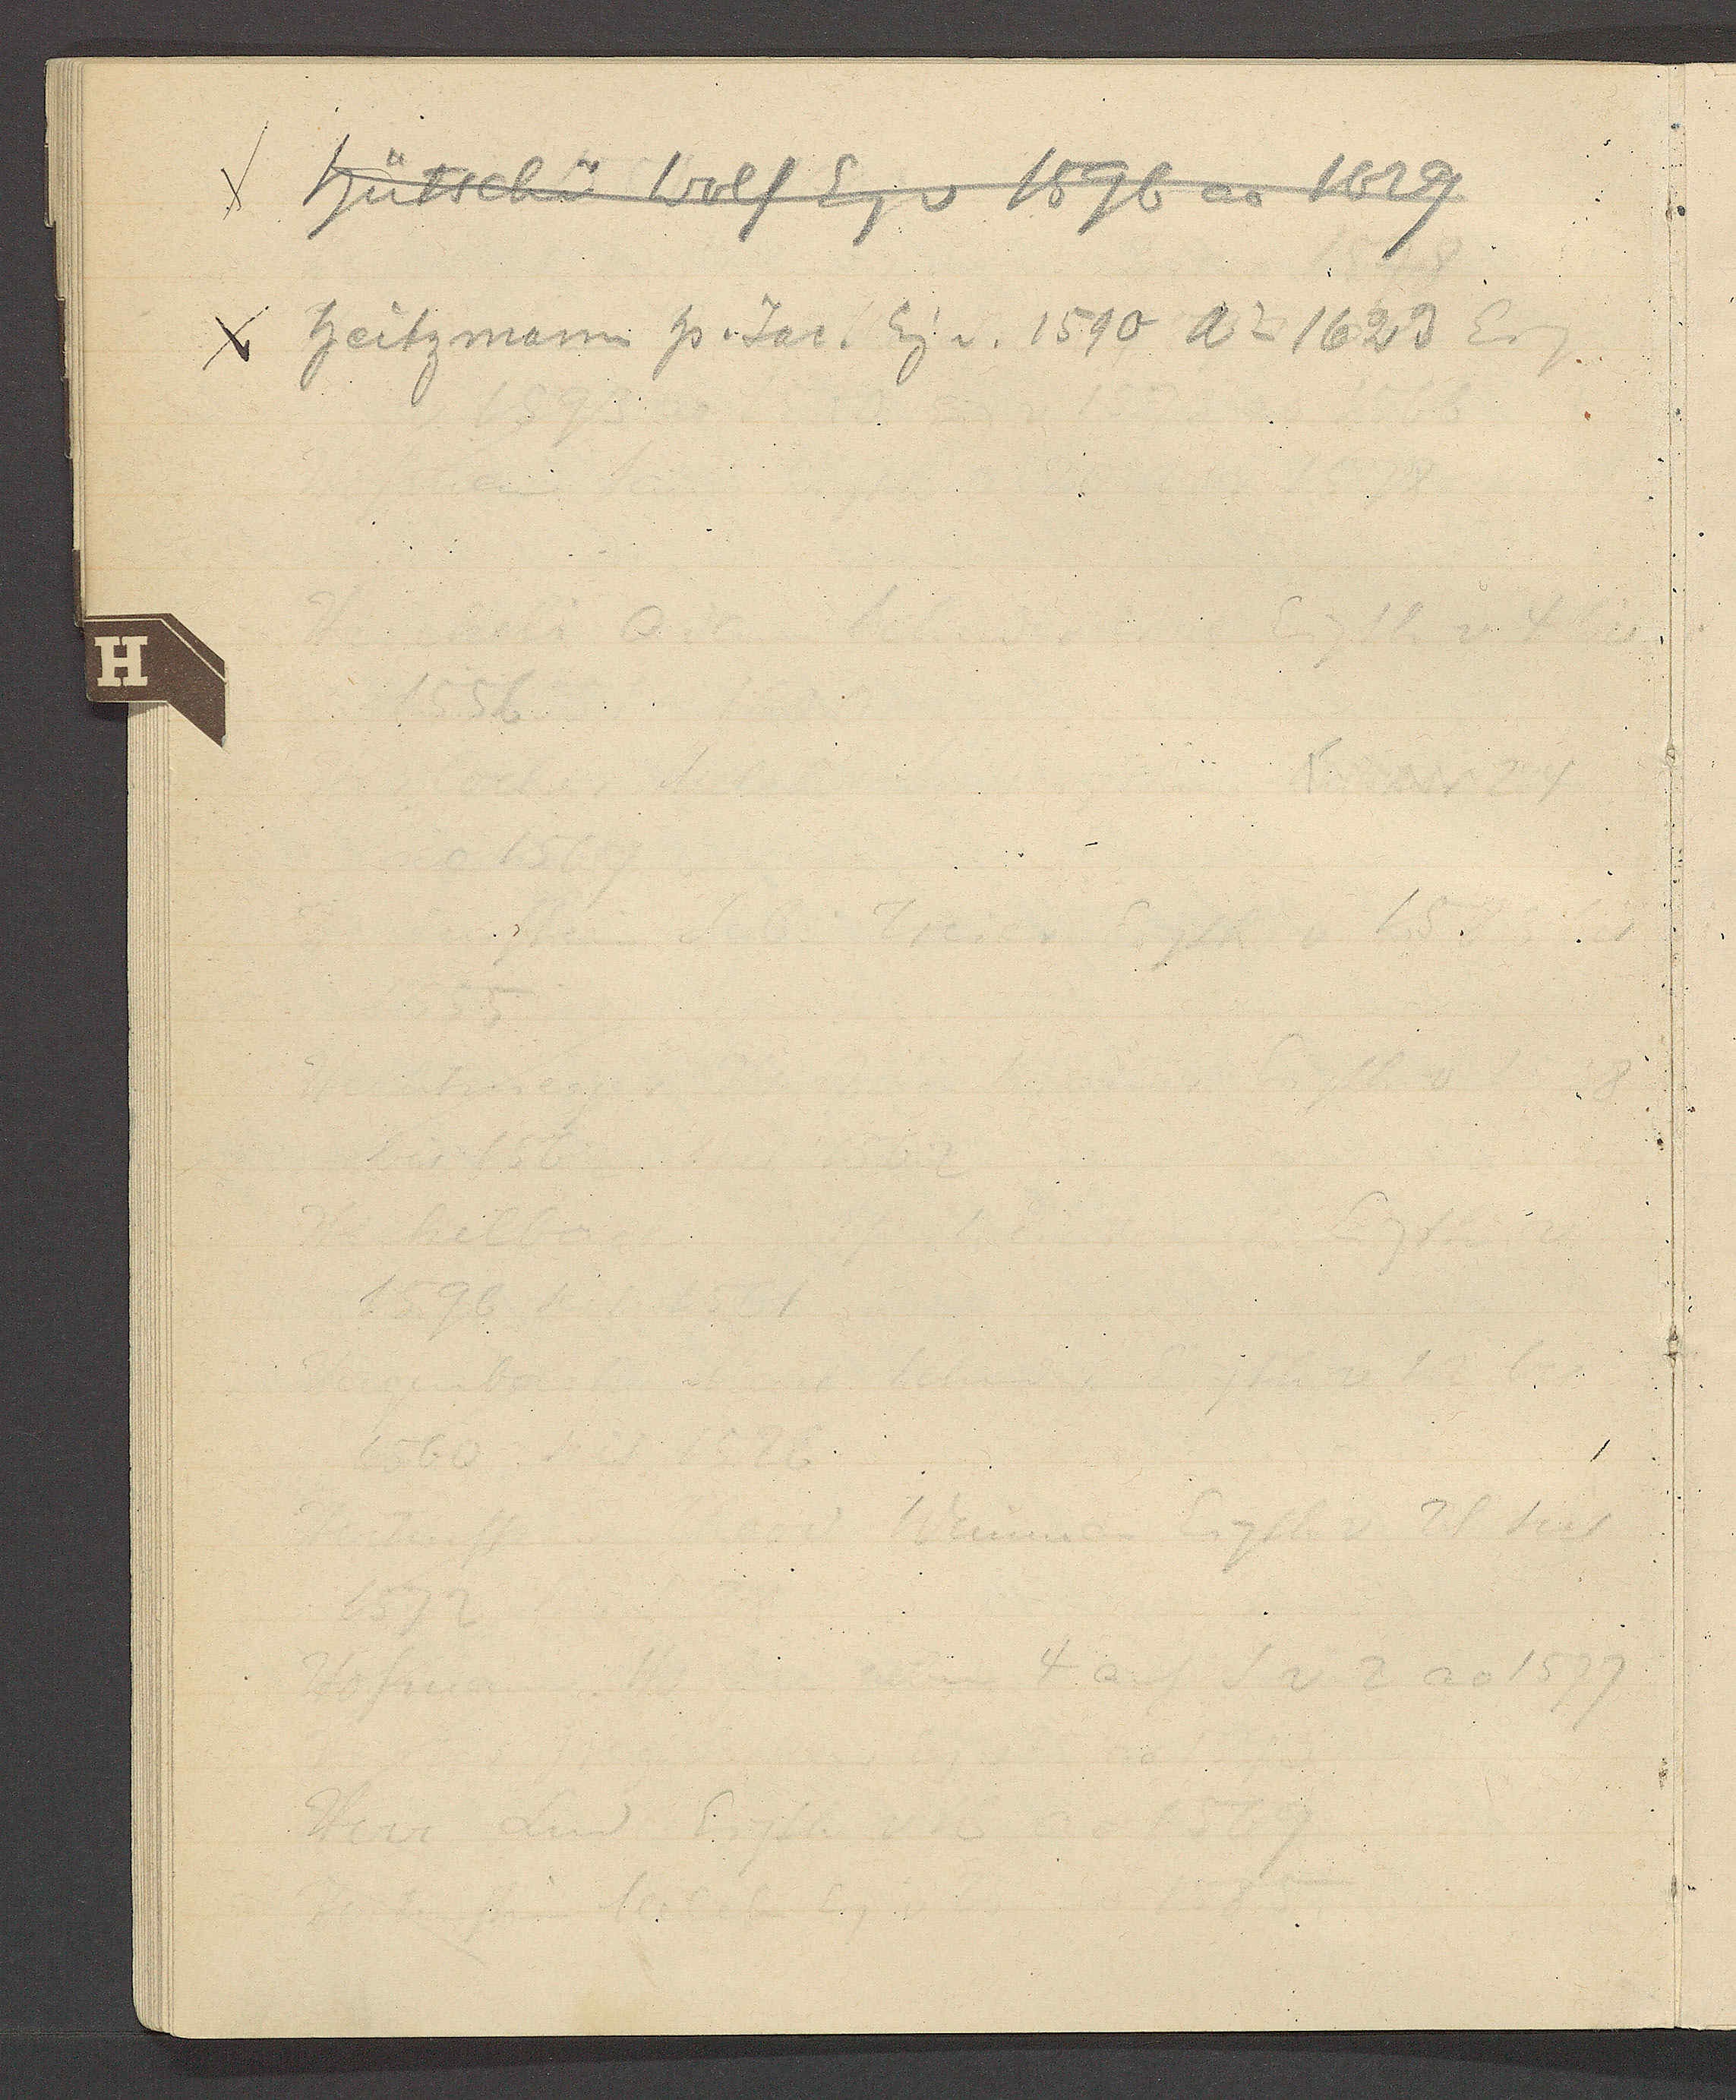
Transcript:
χ Hütschü Wolf Eg v 1596 ao 1629

χ Heitzmann Hs. Jac. Eig v. 1590 Ao 1623